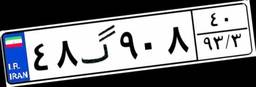
۴۸گ۹۰۸۴۰